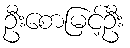
ဦးစောမြင့်ဦး